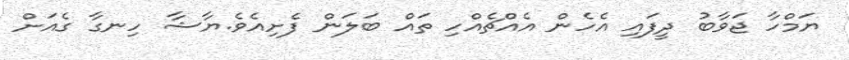
ޔަމްހާ ޖަވާބު ދީފައި އެހެން އެއްޗެއްހި ތައް ބަލަން ފެށިއެވެ.ޔާޝާ ހިނގާ ގެއަށް